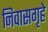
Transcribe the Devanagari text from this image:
निवासगृहे